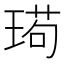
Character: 㻤